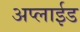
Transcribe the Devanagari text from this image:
अप्‍लाईड